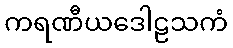
ကရဏီယဒေါဠသကံ